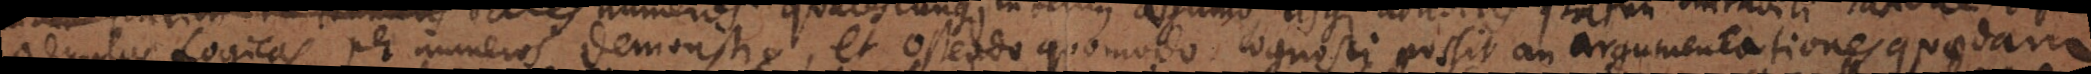
regulas Logicas per numeros demonstro, et ostendo quomodo cognosci possit an argumentationes quaedam